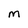
Character: M